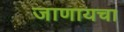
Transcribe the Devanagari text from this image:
जाणायचा